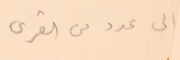
الى عدد من القرى